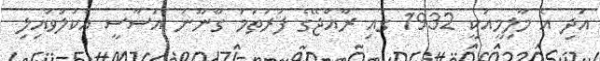
އަދި އެ މާލިމީއަކީ 1932 ގައި ރާއްޖޭގެ ފުރަތަމަ ގާނޫނު އަސާސީ އެކުލަވައިލި